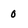
Character: 0